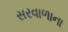
સરવાળાના